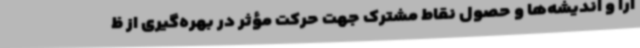
آرا و اندیشه‌ها و حصول نقاط مشترک جهت حرکت مؤثر در بهره‌گیری از ظ